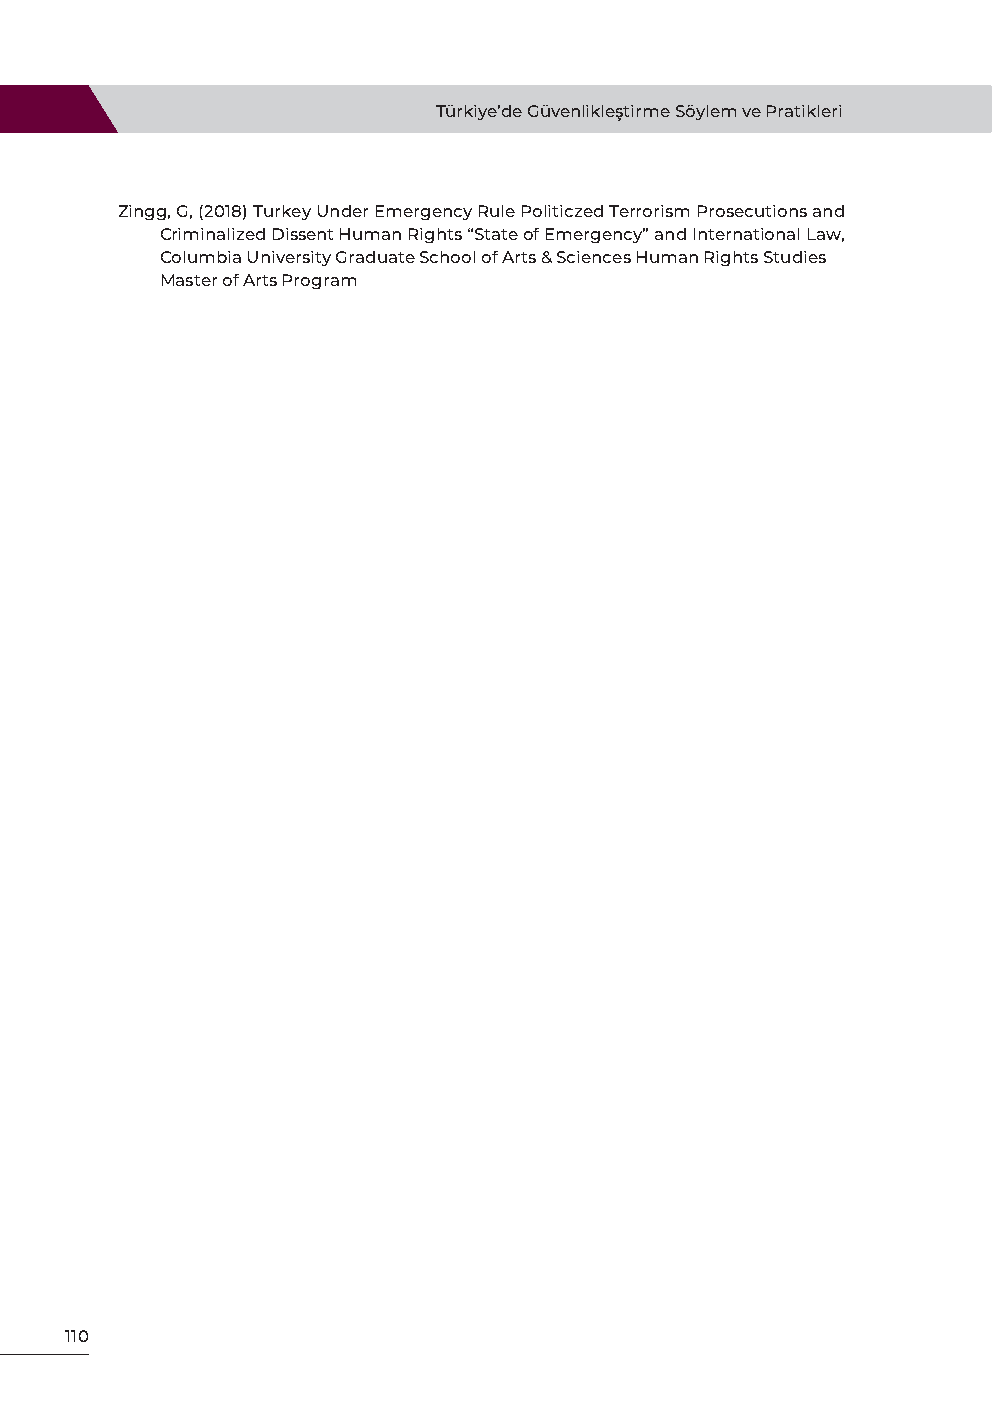
Türkiye’de Güvenlikleştirme Söylem ve Pratikleri
 Zingg, G, (2018) Turkey Under Emergency Rule Politiczed Terrorism Prosecutions and
 Criminalized Dissent Human Rights “State of Emergency” and International Law,
 Columbia University Graduate School of Arts & Sciences Human Rights Studies
 Master of Arts Program
 110